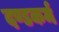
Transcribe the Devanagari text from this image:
दण्डकर्म